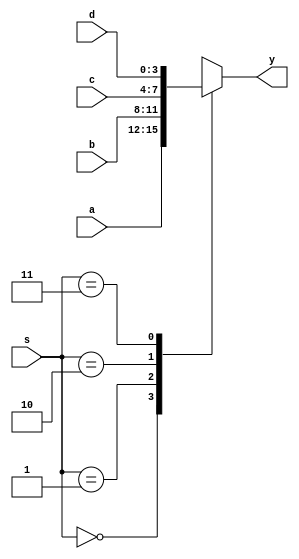
module casemux4X1 (
input [3:0]a,b,c,d,
input [1:0]s,
output reg [3:0]y);

always @(*)
begin
case(s)
2'b00: y<=a;
2'b01: y<=b;
2'b10: y<=c;
2'b11: y<=d;
endcase
end
endmodule